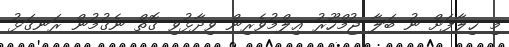
މި ޚިލާފަށް ނު ބަލާ ޖުމްހޫރު ޢިލްމުވެރިން ވިދާޅުވި ގޮތް ނެގުމުން ރަނގަޅު